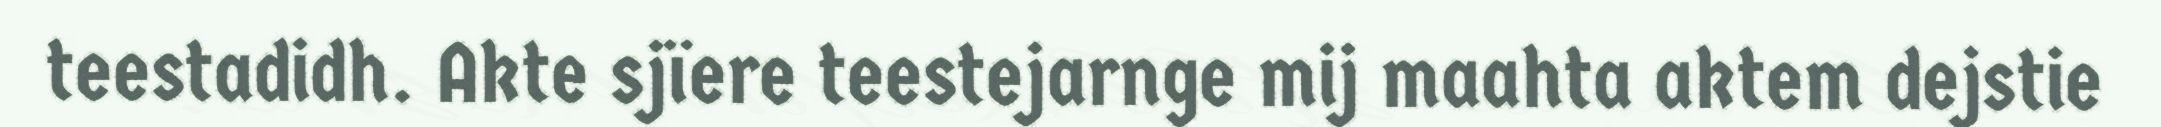
teestadidh. Akte sjïere teestejarnge mij maahta aktem dejstie